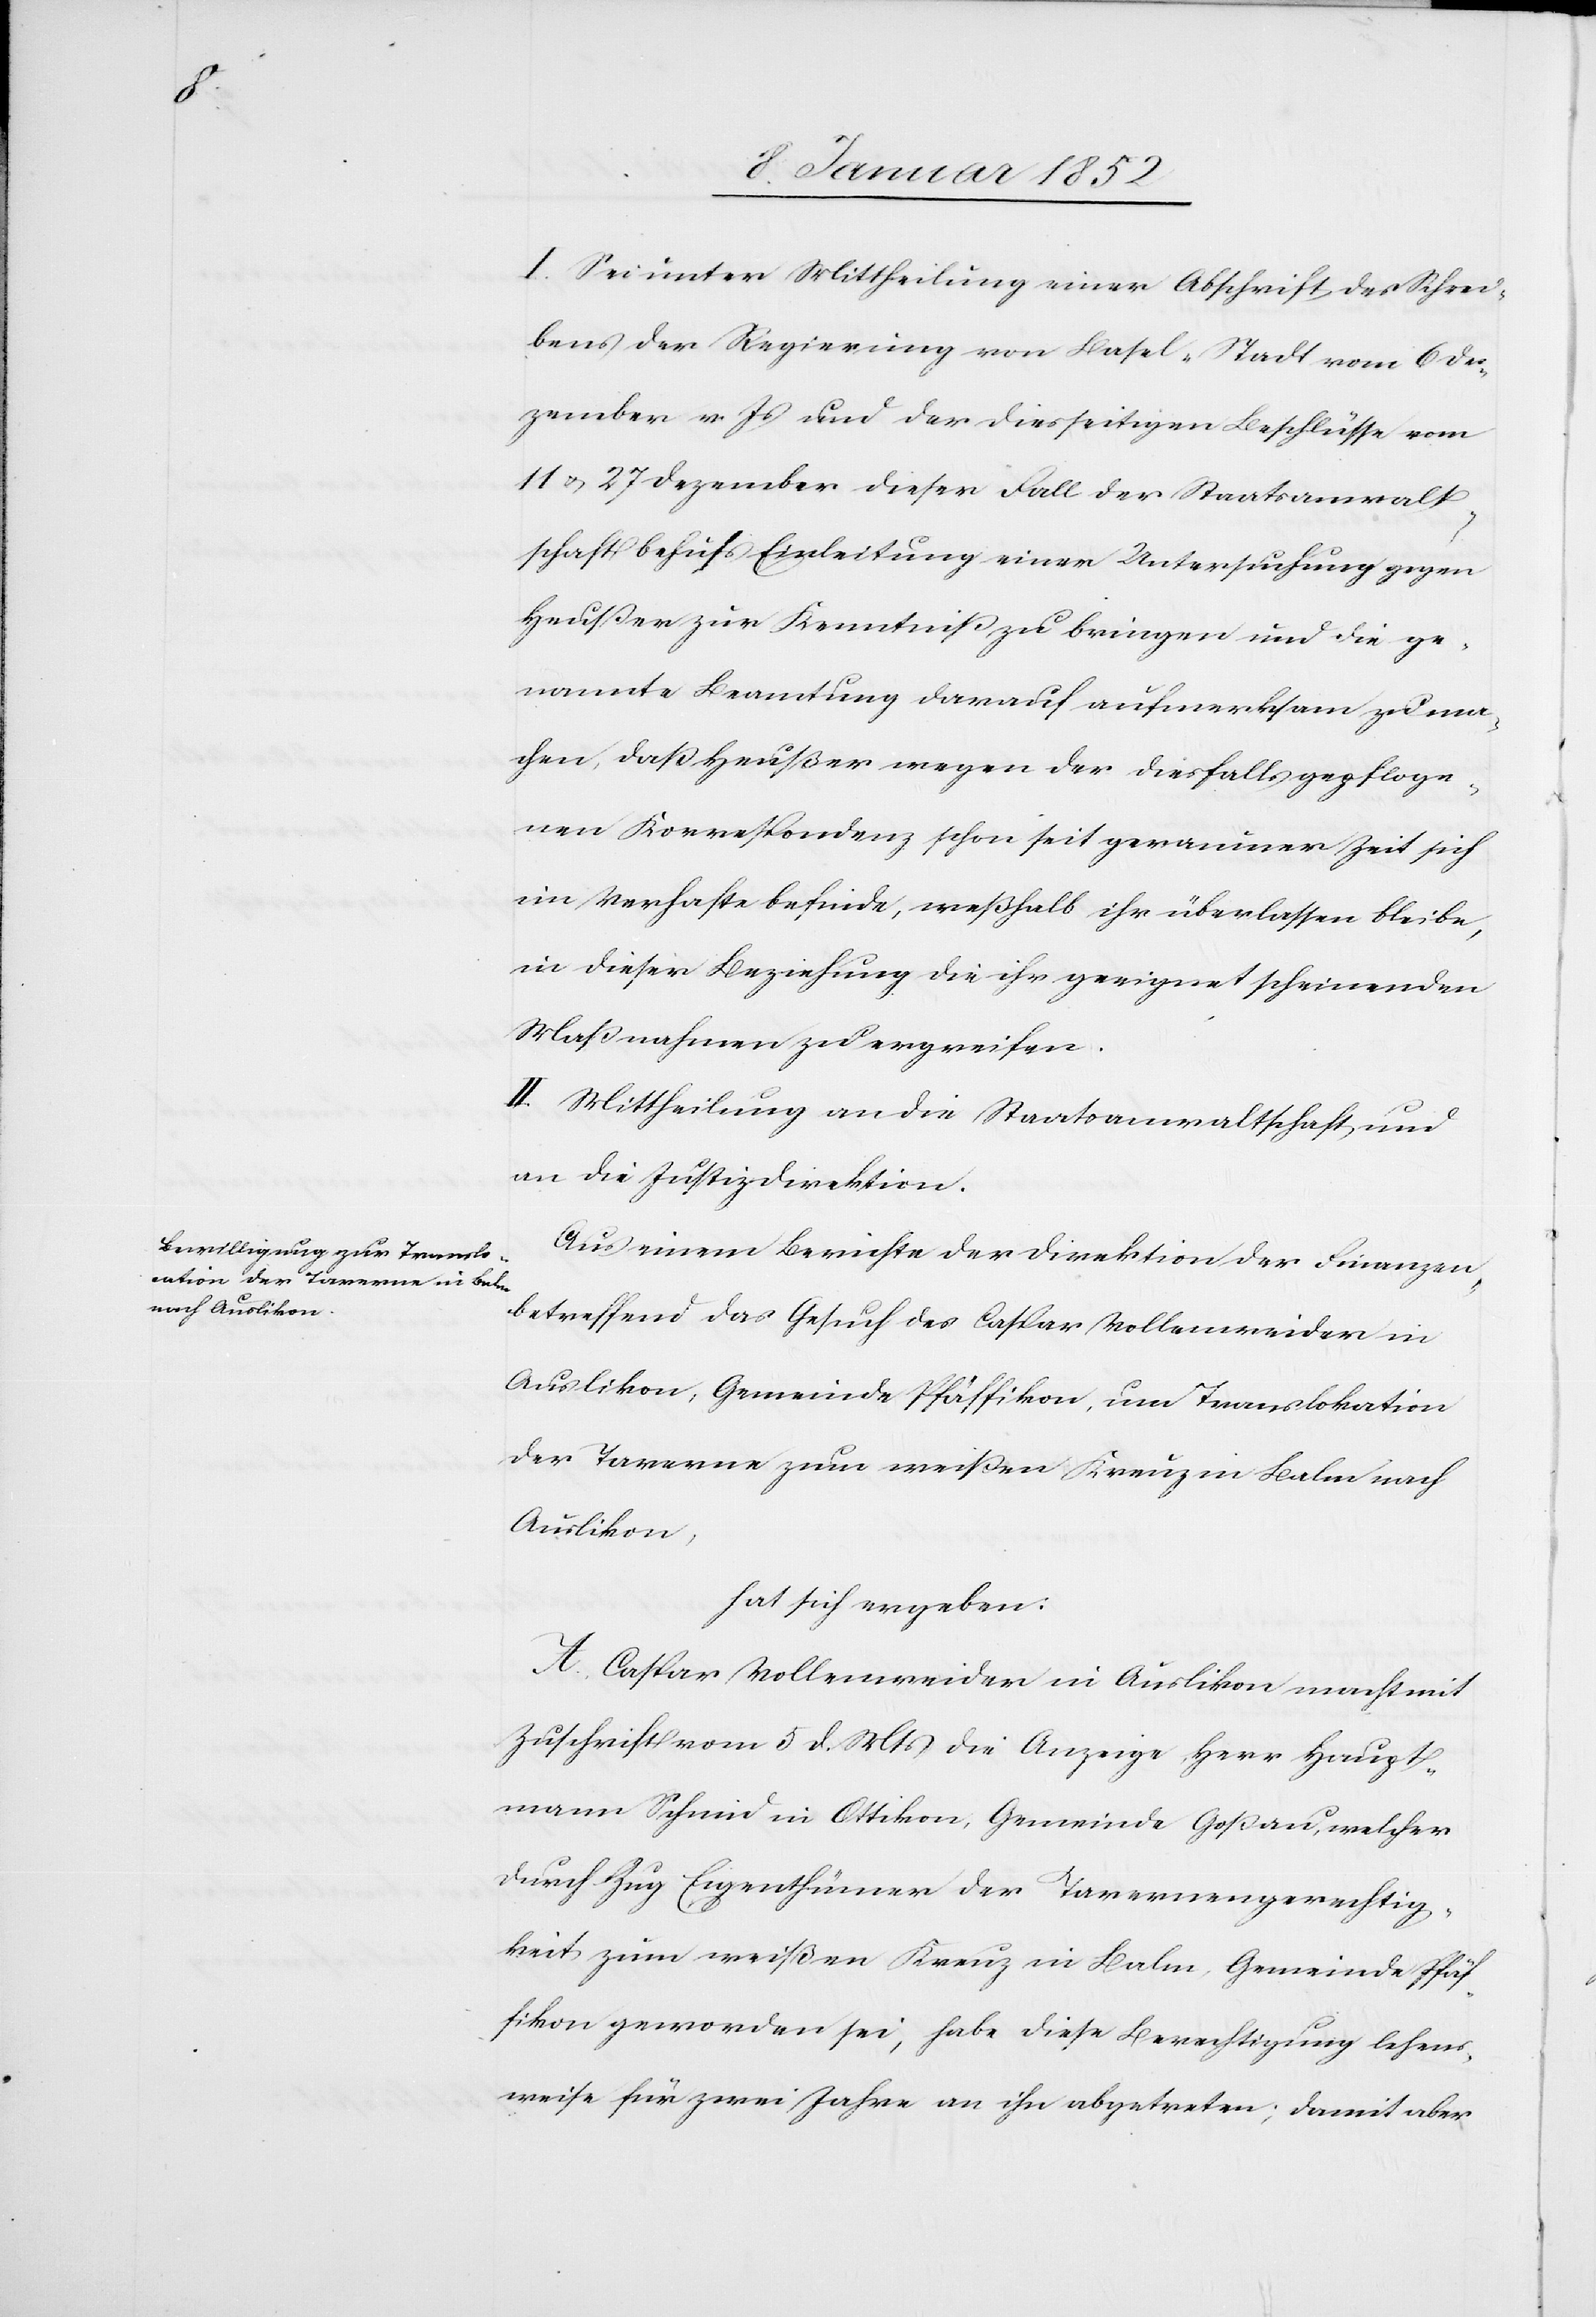
I.) Sei unter Mittheilung einer Abschrift des Schrei¬
bens der Regierung von Basel-Stadt vom 6 De¬
zember v. J und der diesseitigen Beschlüsse vom
11 u. 27 Dezember dieser Fall der Staatsanwalt¬
schaft behufs Einleitung einer Untersuchung gegen
Heußer zur Kenntniß zu bringen und die ge¬
nannte Beamtung demnach aufmerksam zu ma¬
chen, daß Heußer wegen der diesfalls gepfloge¬
nen Korrespondenz schon seit geraumer Zeit sich
im Verhafte befinde, weßhalb ihr überlassen bleibe,
in dieser Beziehung die ihr geeignet scheinenden
Maßnahmen zu ergreifen.
II. Mittheilung an die Staatsanwaltschaft, und
an die Justizdirektion.
Aus einem Berichte der Direction der Finanzen,
betreffend das Gesuch des Caspar Vollenweider in
Auslikon, Gemeinde Pfäffikon, um Translokation
der Taverne zum weißen Kreuz in Balm nach
Auslikon,
hat sich ergeben:
A. Caspar Vollenweider in Auslikon macht mit
Zuschrift vom 5 d. M die Anzeige Herr Haupt¬
mann Schmid in Ottikon, Gemeinde Goßau, welcher
durch Zug Eigenthümer der Tavernengerechtig¬
keit zum weißen Kreuz in Balm Gemeinde Pfäf¬
fikon geworden sei, habe diese Berechtigung lehens¬
weise für zwei Jahre an ihn abgetreten; damit aber